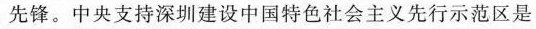
先锋。中央支持深圳建设中国特色社会主义先行示范区是